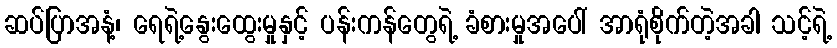
ဆပ်ပြာအနံ့၊ ရေရဲ့နွေးထွေးမှုနှင့် ပန်းကန်တွေရဲ့ ခံစားမှုအပေါ် အာရုံစိုက်တဲ့အခါ သင့်ရဲ့